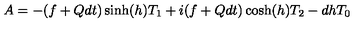
A = - ( f + Q d t ) \sinh ( h ) T _ { 1 } + i ( f + Q d t ) \cosh ( h ) T _ { 2 } - d h T _ { 0 }